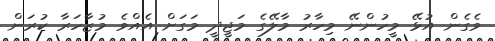
ވެގެން އުޅޭ މީހުންނޭ މިހާރު މާލޭގެ މަޖީދީ މަގަށް އެއްވެ މުޒާހަރާ ކުރަން